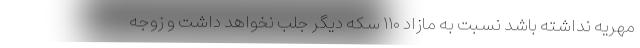
مهریه نداشته باشد نسبت به مازاد ۱۱۰ سکه دیگر جلب نخواهد داشت و زوجه